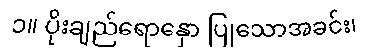
၁။ ပိုးချည်ရောနှော ပြုသောအခင်း၊